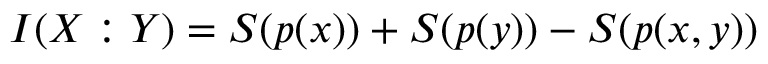
I ( X : Y ) = S ( p ( x ) ) + S ( p ( y ) ) - S ( p ( x , y ) )